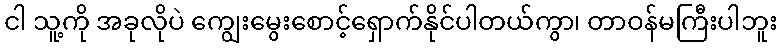
ငါ သူ့ကို အခုလိုပဲ ကျွေးမွေးစောင့်ရှောက်နိုင်ပါတယ်ကွာ၊ တာဝန်မကြီးပါဘူး